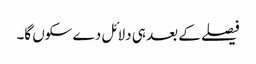
فیصلے کے بعد ہی دلائل دے سکوں گا۔